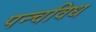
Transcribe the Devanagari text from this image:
पन्चविध